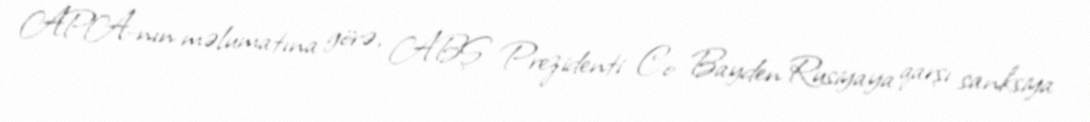
APA-nın məlumatına görə, ABŞ Prezidenti Co Bayden Rusiyaya qarşı sanksiya